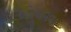
બોલાવવા